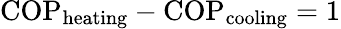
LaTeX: \mathrm{COP}_{\mathrm{heating}}-\mathrm{COP}_{\mathrm{cooling}}=1